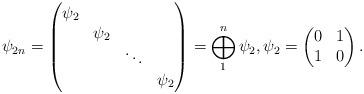
LaTeX: \begin{align*}\psi_{2n} = \begin{pmatrix}\psi_{2} \\ &\psi_{2} \\ && \ddots \\ &&&\psi_{2}\end{pmatrix} = \bigoplus_{1}^{n}\psi_{2}, \psi_{2} = \begin{pmatrix}0 & 1 \\1 & 0\end{pmatrix}.\end{align*}